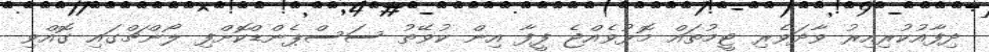
ދިފާއުކުރިއިރު ވާދަވެރި ޓީމުތައް މޮޅުވެއްޖެ ފީފާ އިން ކުވޭތު ސަސްޕެންޑްކޮށްފި ލޯންޗްގައި ގޮއްވި